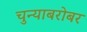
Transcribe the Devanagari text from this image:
चुन्याबरोबर